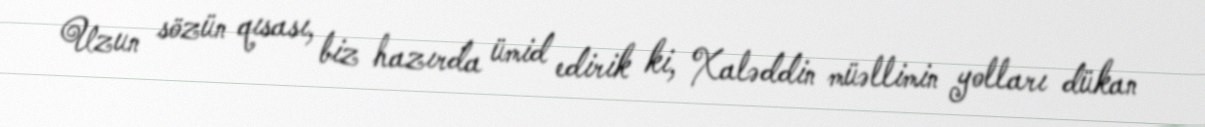
Uzun sözün qısası, biz hazırda ümid edirik ki, Xaləddin müəllimin yolları dükan